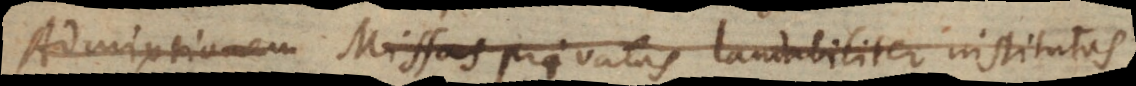
Admirationem Missas privatas laudabiliter institutas